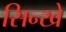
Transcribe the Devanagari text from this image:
सिन्खे